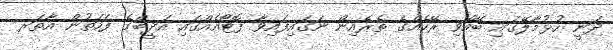
ދަނީ ހުޅުމާލޭގައި ބޭއްވި ރޭހެއްގެ ތެރެއިން ނަގައިފައިވާ ފޮޓޯއެއްގައި އަދީބްގެ ފަހަތުން އާތަރ